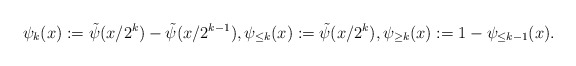
\begin{align*}\psi_{k}(x) := \tilde{\psi}(x/2^k) -\tilde{\psi}(x/2^{k-1}), \psi_{\leq k}(x):= \tilde{\psi}(x/2^k), \psi_{\geq k}(x):= 1-\psi_{\leq k-1}(x).\end{align*}